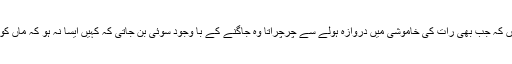
رات کے جس پہر میں بھی ایسا ہوتا اسے لمحہ بھر کے لیے چھوٹی کی مبہم سی رفاقت نصیب ہوجاتی حالاں کہ جب بھی رات کی خاموشی میں دروازہ ہولے سے چرچراتا وہ جاگنے کے با وجود سوئی بن جاتی کہ کہیں ایسا نہ ہو کہ ماں کو جاگتے پاکر وہ مروت میں پاس آبیٹھے اور اس کچی نیندوں سونے والی کی نیند پوری ہونے سے رہ جائے۔